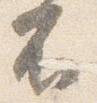
不